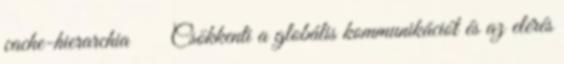
cache-hierarchia ● Csökkenti a globális kommunikációt és az elérés